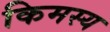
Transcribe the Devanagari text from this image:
किमस्य